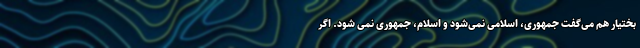
بختیار هم می‌گفت جمهوری، اسلامی نمی‌شود و اسلام، جمهوری نمی شود. اگر